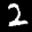
Label: 2